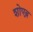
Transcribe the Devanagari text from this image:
शोएब़